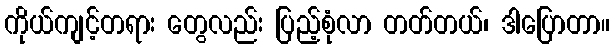
ကိုယ်ကျင့်တရား တွေလည်း ပြည့်စုံလာ တတ်တယ်၊ ဒါပြောတာ။